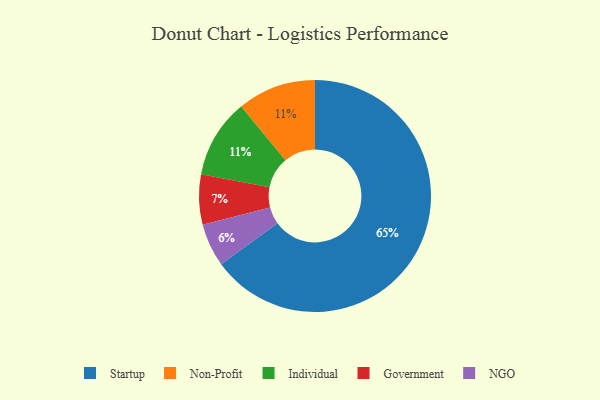
{"axis": {"x": "Category", "y": "Percentage"}, "legend": ["Government", "Individual", "NGO", "Non-Profit", "Startup"], "data": [{"x": "Non-Profit", "y": 11, "type": "Non-Profit"}, {"x": "Government", "y": 7, "type": "Government"}, {"x": "Startup", "y": 65, "type": "Startup"}, {"x": "Individual", "y": 11, "type": "Individual"}, {"x": "NGO", "y": 6, "type": "NGO"}]}